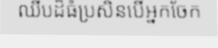
ឈីបដ៏ធំប្រសិនបើអ្នកចែក